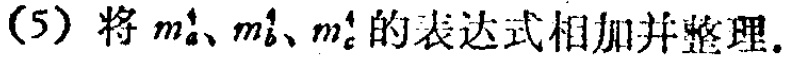
(5) 将 \(m_{a}^{4}\)、\(m_{b}^{4}\)、\(m_{c}^{4}\) 的表达式相加并整理.